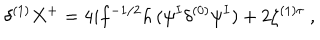
\delta ^ { ( 1 ) } X ^ { + } = 4 i f ^ { - 1 / 2 } h \, ( \psi ^ { I } \delta ^ { ( 0 ) } \psi ^ { I } ) + 2 \zeta ^ { ( 1 ) \tau } ~ ,